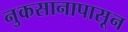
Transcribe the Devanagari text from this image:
नुकसानापासून